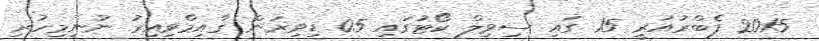
2015 ފެބްރުއަރީ 15 ގައި ސިވިލް ކޯޓުގައި 05 ޑިވިޜަން ޤާއިމްވިއިރު ނުނިމިހުރި